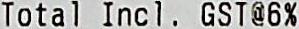
TOTAL INCL. GST@6%